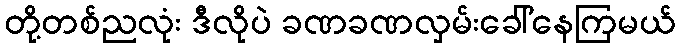
တို့တစ်ညလုံး ဒီလိုပဲ ခဏခဏလှမ်းခေါ်နေကြမယ်